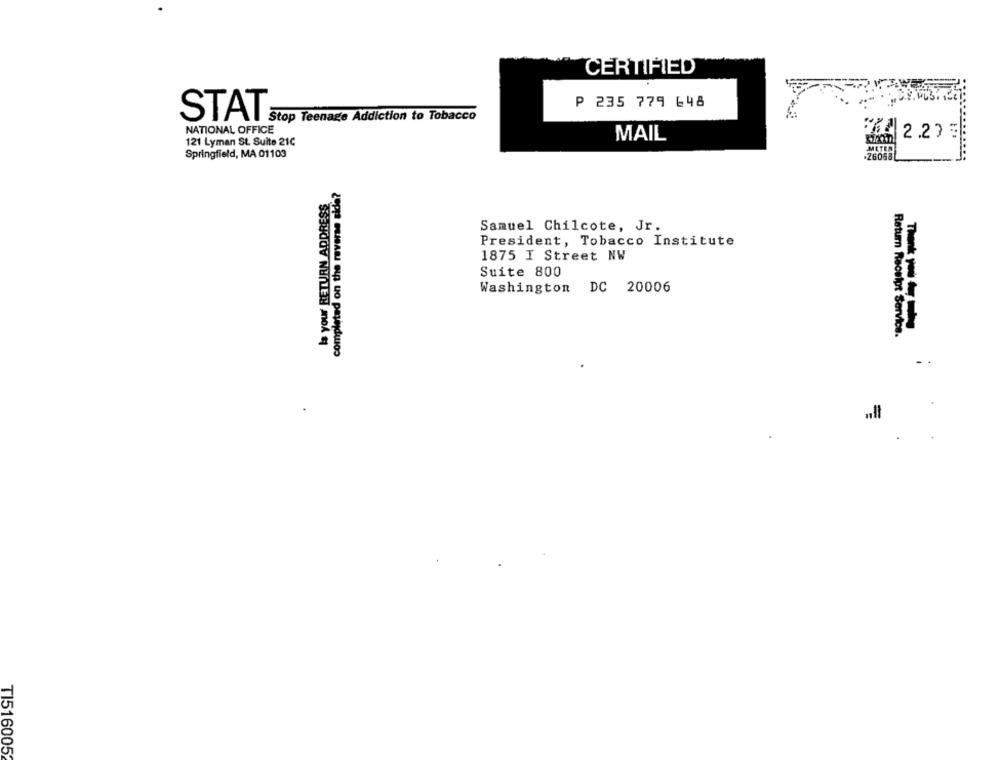
CERTIFIED
P 235 779 648
STAI Stop Teenage Addiction to Tobacco
NATIONAL OFFICE
MAIL
6 2.275
121 Lyman St. Suite 21C
METEN
Springfield, MA 01103
.26063L
completed on the reverse side?
la your RETURN ADDRESS
Samuel Chilcote, Jr.
President, Tobacco Institute
1875 I Street NW
Suite 800
Washington DC 20006
Thank you to
Return Receipt Service.
TI5160052